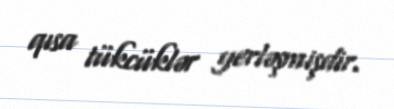
qısa tükcüklər yerləşmişdir.